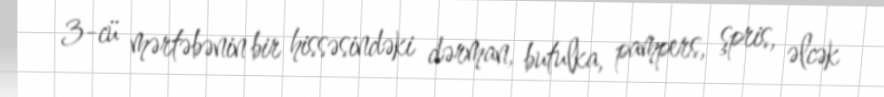
3-cü mərtəbənin bir hissəsindəki dərman, butulka, pampers, şpris, əlcək